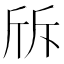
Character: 𣂙